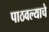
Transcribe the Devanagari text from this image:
पाठवल्याचे